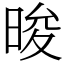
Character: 晙